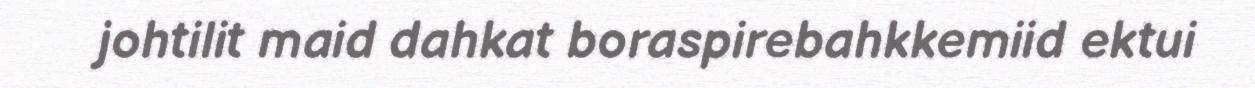
johtilit maid dahkat boraspirebahkkemiid ektui